Preliminary report on the development of the Leishman-Donovan body in the bed bug - Number 27
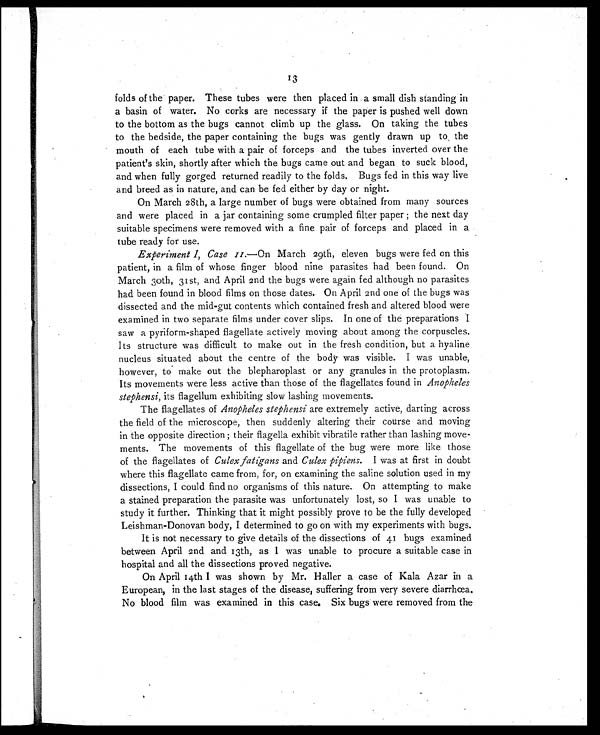
13
folds of the paper. These tubes were then placed in a small dish standing in
a basin of water. No corks are necessary if the paper is pushed well down
to the bottom as the bugs cannot climb up the glass. On taking the tubes
to the bedside, the paper containing the bugs was gently drawn up to , the
mouth of each tube with a pair of forceps and the tubes inverted over the
patient's skin, shortly after which the bugs came out and began to suck blood,
and when fully gorged returned readily to the folds. Bugs fed in this way live
and breed as in nature, and can be fed either by day or night.
On March 28th, a large number of bugs were obtained from many sources
and were placed in a jar containing some crumpled filter paper ; the next day
suitable specimens were removed with a fine pair of forceps and placed in a
tube ready for use.
Experiment I, Case 11.—On March 29th, eleven bugs were fed on this
patient, in a film of whose finger blood nine parasites had been found. On
March 30th, 31st, and April 2nd the bugs were again fed although no parasites
had been found in blood films on those dates. On April 2nd one of the bugs was
dissected and the mid-gut contents which contained fresh and altered blood were
examined in two separate films under cover slips. In one of the preparations
I s a w a p y r i f o r m - s h a p e d f l a g e l l a t e a c t i v e l y m o v i n g a b o u t a m o n g t h e c o r p u s c l e s .
Its structure was difficult to make out in the fresh condition, but a hyaline
nucleus situated about the centre of the body was visible. I was unable,
however, to make out the blepharoplast or any granules in the protoplasm.
Its movements were less active than those of the flagellates found in Anopheles
stephensi, its flagellum exhibiting slow lashing movements.
The flagellates of Anopheles stephensi are extremely active, darting across
the field of the microscope, then suddenly altering their course and moving
in the opposite direction ; their flagella exhibit vibratile rather than lashing move-
ments. The movements of this flagellate of the bug were more like those
of the flagellates of Culex fatigans and Culex pipiens. I was at first in doubt
where this flagellate came from, for, on examining the saline solution used in my
dissections, I could find no organisms of this nature. On attempting to make
a stained preparation the parasite was unfortunately lost, so I was unable to
study it further. Thinking that it might possibly prove to be the fully developed
Leishman-Donovan body, I determined to go on with my experiments with bugs.
It is not necessary to give details of the dissections of 41 bugs examined
between April 2nd and 13th, as I was unable to procure a suitable case in
hospital and all the dissections proved negative.
On April 14th I was shown by Mr. Haller a case of Kala Azar in a
European, in the last stages of the disease, suffering from very severe diarrhœa.
No blood film was examined in this case, Six bugs were removed from the